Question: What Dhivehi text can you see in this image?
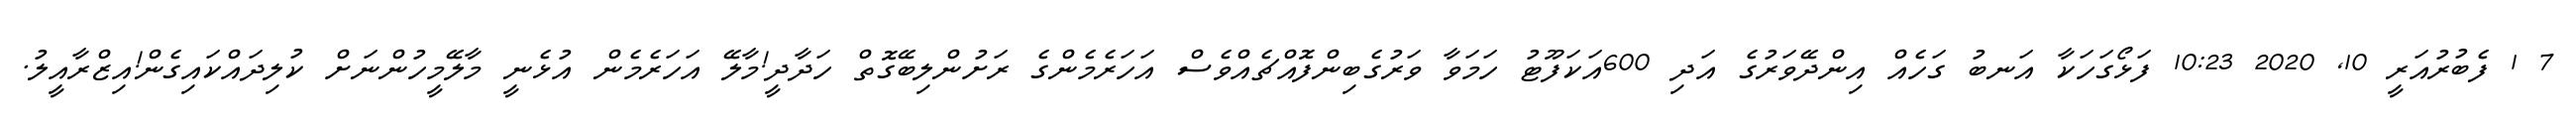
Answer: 7 1 ފެބުރުއަރީ 10, 2020 10:23 ފަޅޯގަހަކާ އަނބު ގަހެއް އިންދޭވަރުގެ އަދި 600އަކަފޫޓު ހަމަވާ ވަރުގެބިންފޮއްޗެއްވެސް އަހަރެމެންގެ ރަށުންލިބޭގޮތް ހަދާދީ!މާލޭ އަހަރެމެން އުޅެނީ މާލޭމީހުންނަށް ކުލިދައްކައިގެން!އިޒްރާއީލު.